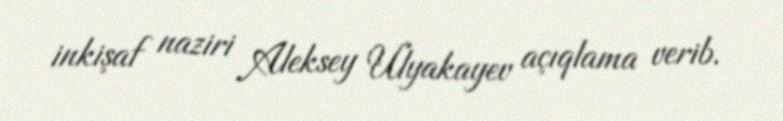
inkişaf naziri Aleksey Ulyakayev açıqlama verib.